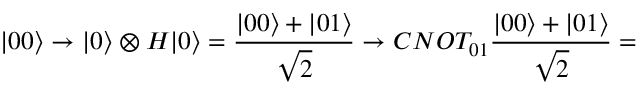
| 0 0 \rangle \rightarrow | 0 \rangle \otimes H | 0 \rangle = \frac { | 0 0 \rangle + | 0 1 \rangle } { \sqrt { 2 } } \rightarrow C N O T _ { 0 1 } \frac { | 0 0 \rangle + | 0 1 \rangle } { \sqrt { 2 } } =